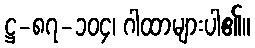
ဋ္ဌ-၈၇-၁၀၄၊ ဂါထာများပါ၏။